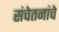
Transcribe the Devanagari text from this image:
संचेतनांचे